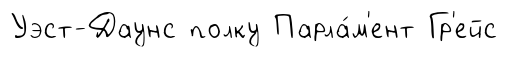
Уэст-Даунс полку Парла́м'ент Гр'ейс